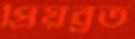
প্রিয়ব্রত